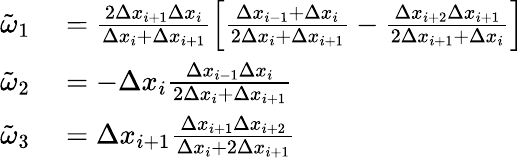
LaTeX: \begin{array}{rl}{\tilde{\omega}_{1}}&{{}=\frac{2\Delta x_{i+1}\Delta x_{i}}{\Delta x_{i}+\Delta x_{i+1}}\left[\frac{\Delta x_{i-1}+\Delta x_{i}}{2\Delta x_{i}+\Delta x_{i+1}}-\frac{\Delta x_{i+2}\Delta x_{i+1}}{2\Delta x_{i+1}+\Delta x_{i}}\right]}\\ {\tilde{\omega}_{2}}&{{}=-\Delta x_{i}\frac{\Delta x_{i-1}\Delta x_{i}}{2\Delta x_{i}+\Delta x_{i+1}}}\\ {\tilde{\omega}_{3}}&{{}=\Delta x_{i+1}\frac{\Delta x_{i+1}\Delta x_{i+2}}{\Delta x_{i}+2\Delta x_{i+1}}}\end{array}